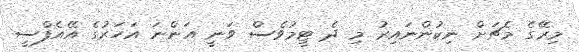
މިރޭގެ މެޗަށް ނިކުންނައިރު މި ދެ ޓީމުވެސް ވަނީ އަންނަ އަހަރުގެ އޭއެފްސީ